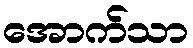
အောက်သာ